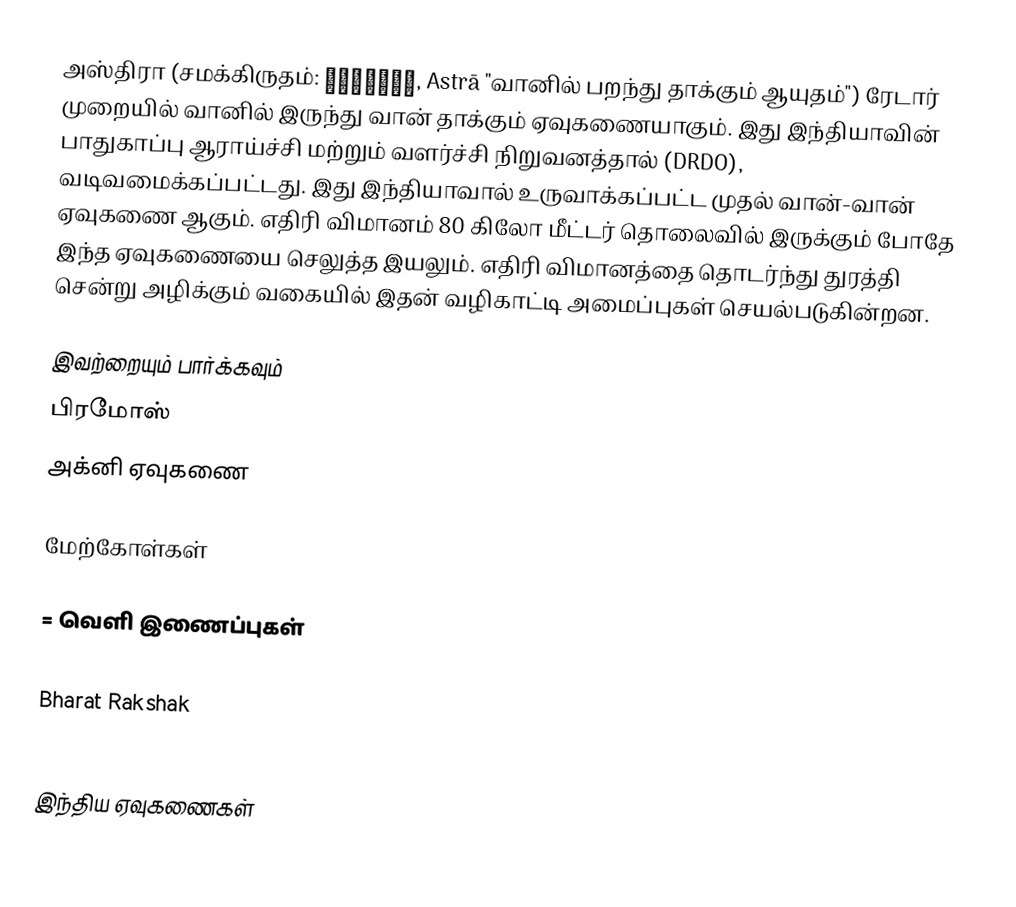
அஸ்திரா (சமக்கிருதம்: अस्त्रा, Astrā "வானில் பறந்து தாக்கும் ஆயுதம்") ரேடார் முறையில் வானில் இருந்து வான் தாக்கும் ஏவுகணையாகும். இது இந்தியாவின்  பாதுகாப்பு ஆராய்ச்சி  மற்றும் வளர்ச்சி நிறுவனத்தால் (DRDO),  வடிவமைக்கப்பட்டது. இது இந்தியாவால் உருவாக்கப்பட்ட முதல் வான்-வான் ஏவுகணை ஆகும். எதிரி விமானம் 80 கிலோ மீட்டர் தொலைவில் இருக்கும் போதே இந்த ஏவுகணையை செலுத்த இயலும். எதிரி விமானத்தை தொடர்ந்து துரத்தி சென்று அழிக்கும் வகையில் இதன் வழிகாட்டி அமைப்புகள் செயல்படுகின்றன.

இவற்றையும் பார்க்கவும்
 பிரமோஸ்
 அக்னி ஏவுகணை

மேற்கோள்கள்

= வெளி இணைப்புகள்
Globalsecurity
Bharat Rakshak
DRDL to develop Astra missile

 இந்திய ஏவுகணைகள்